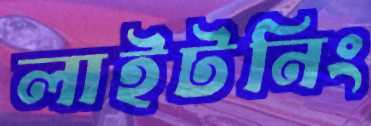
লাইটনিং